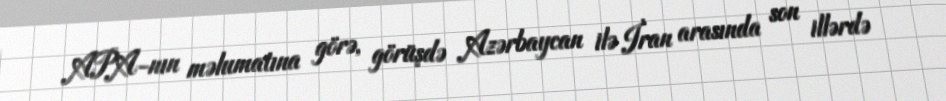
APA-nın məlumatına görə, görüşdə Azərbaycan ilə İran arasında son illərdə